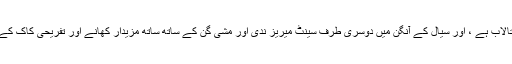
اس کے آس پاس چھلکنے کے لئے ایک چھوٹا سا تالاب ہے ، اور سیال کے آنگن میں دوسری طرف سینٹ میریز ندی اور مشی گن کے ساتھ ساتھ مزیدار کھانے اور تفریحی کاک کے بارے میں زبردست نظارے پیش کیے جاتے ہیں۔